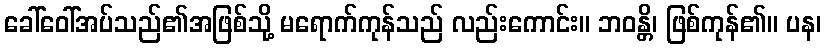
ခေါ်ဝေါ်အပ်သည်၏အဖြစ်သို့ မရောက်ကုန်သည် လည်းကောင်း။ ဘဝန္တိ၊ ဖြစ်ကုန်၏။ ပန၊